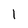
Character: 1